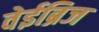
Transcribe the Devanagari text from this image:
वेईब्रिज